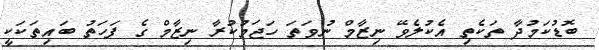
ބޮޑުކަމުދާ ތަކެތި އެކުލެވޭ ނިޒާމް ނުވަތަ ހަޖަމުކުރާ ނިޒާމް ގެ ފަހަތު ބައިތަކަކީ